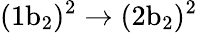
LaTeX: \mathrm{(1b_{2})^{2}\rightarrow(2b_{2})^{2}}